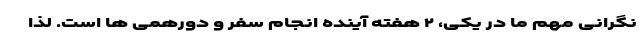
نگرانی مهم ما در یکی، ۲ هفته آینده انجام سفر و دورهمی ها است. لذا